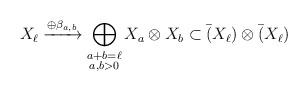
LaTeX: \begin{align*}X_\ell\xrightarrow{\oplus \beta_{a,b}}\bigoplus_{\substack{{a+b=\ell}\\{a,b>0}}}X_a\otimes X_b\subset \Bar(X_\ell)\otimes\Bar(X_\ell)\end{align*}